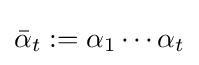
{\bar {\alpha }}_{t}:=\alpha _{1}\cdots \alpha _{t}